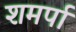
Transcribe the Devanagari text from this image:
शमर्पा